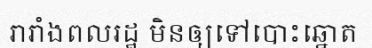
រារាំងពលរដ្ឋ មិនឲ្យទៅបោះឆ្នោត